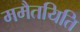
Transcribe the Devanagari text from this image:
ममैतयिति